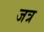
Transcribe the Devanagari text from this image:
जत्र